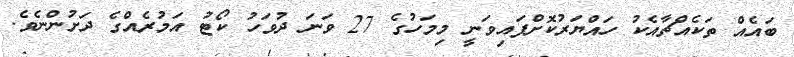
ބައެއް ތަކެއްޗާއެކު ހައްޔަރުކޮށްފައިވަނީ މިމަހުގެ 27 ވަނަ ދުވަހު ކޯޓު އަމުރެއްގެ ދަށުންނެވެ.